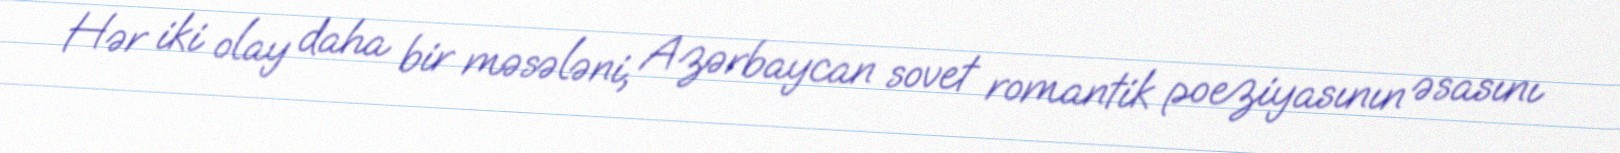
Hər iki olay daha bir məsələni, Azərbaycan sovet romantik poeziyasının əsasını